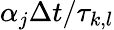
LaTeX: \alpha_{j}\Delta t/\tau_{k,l}